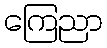
ကြေညာ